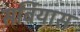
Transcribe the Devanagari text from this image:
सर्बियास